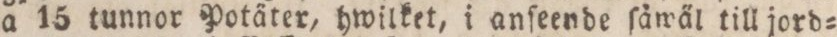
a 15 tunnor Potäter, hwilket, i anſeende ſäwäl till jord=